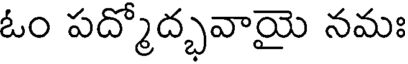
ఓం పద్మోద్భవాయై నమః